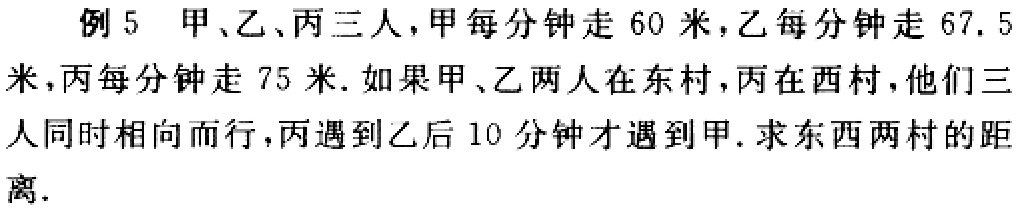
例 5 甲、乙、丙三人，甲每分钟走 60 米，乙每分钟走 67.5 米，丙每分钟走 75 米. 如果甲、乙两人在东村，丙在西村，他们三人同时相向而行，丙遇到乙后 10 分钟才遇到甲. 求东西两村的距离.